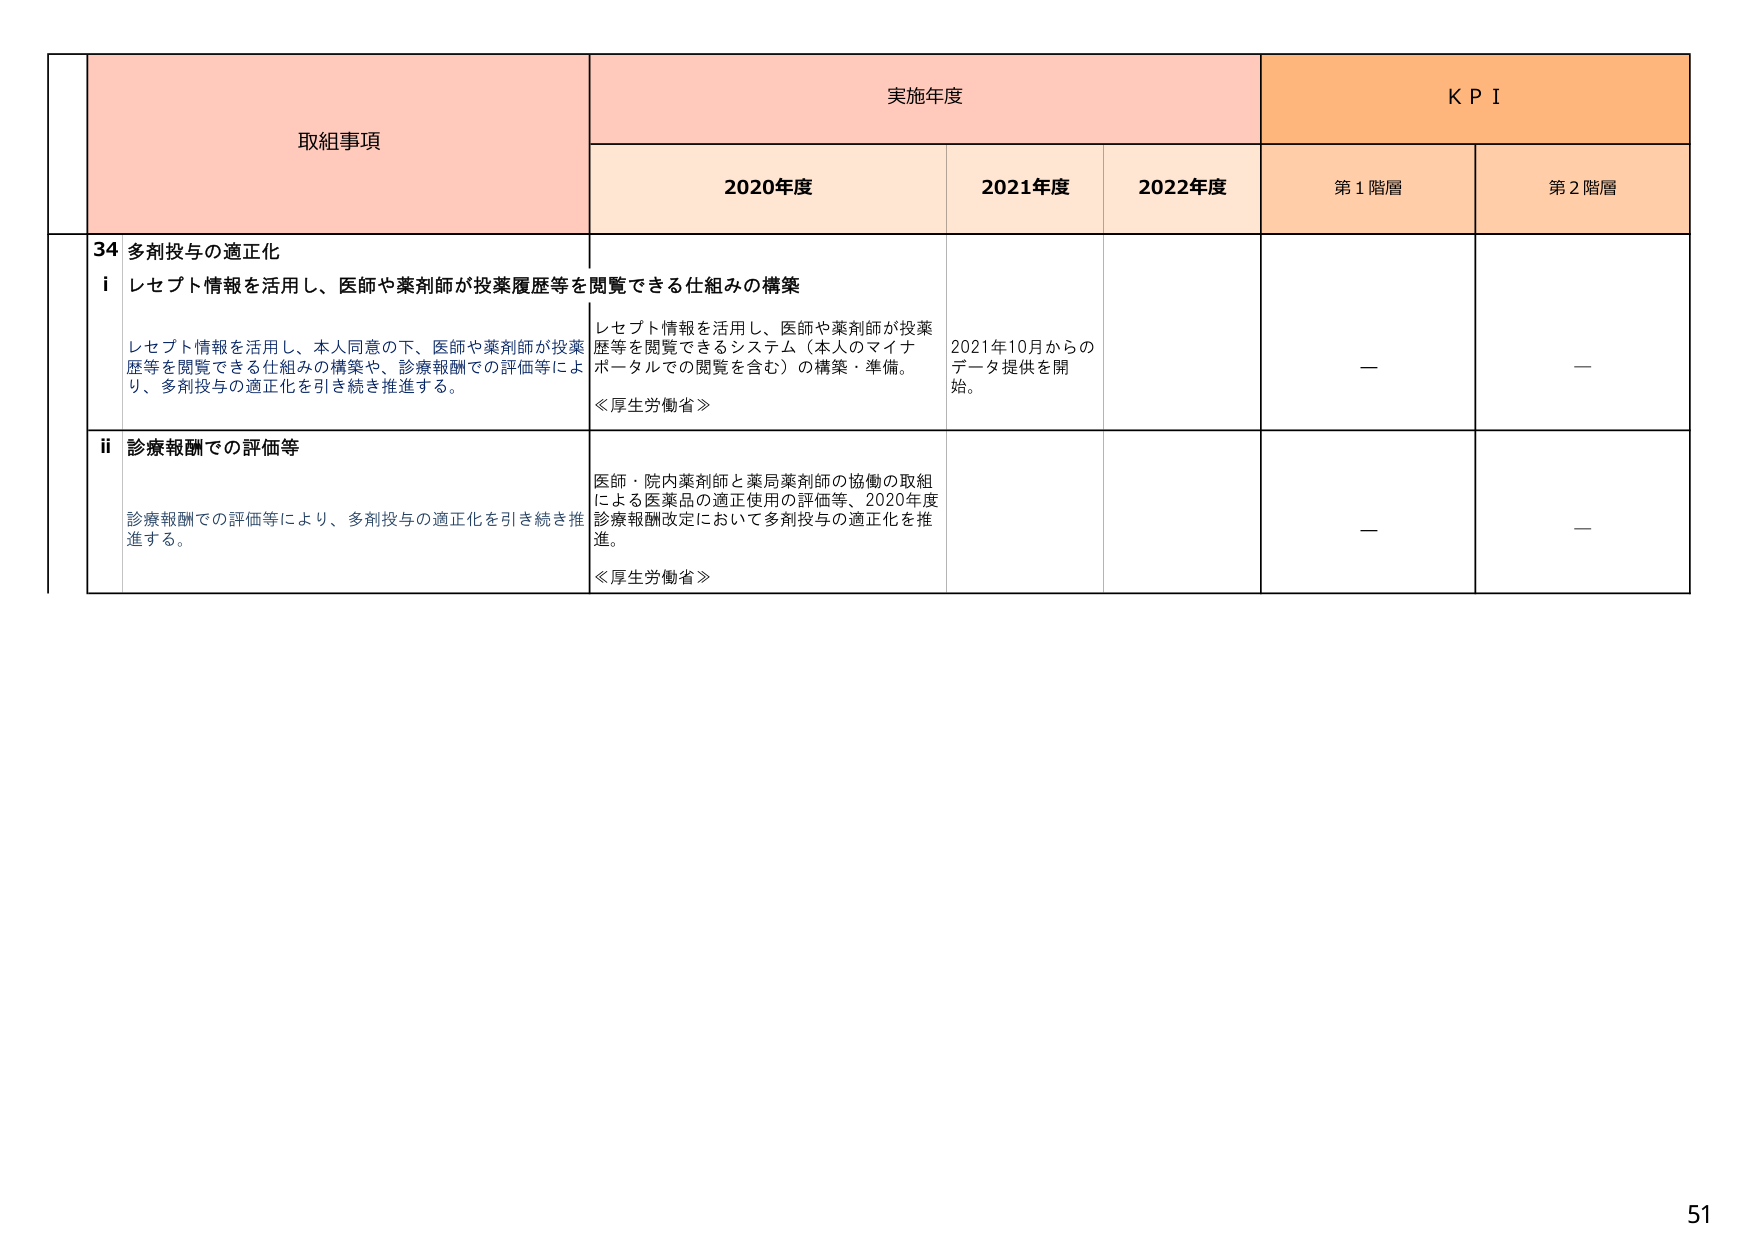
取組事項
実施年度
KPI

2020年度
2021年度
2022年度
第1階層
第2階層

34 多剤投与の適正化

i レセプト情報を活用し、医師や薬剤師が投薬履歴等を閲覧できる仕組みの構築

レセプト情報を活用し、本人同意の下、医師や薬剤師が投薬歴等を閲覧できる仕組みの構築や、診療報酬での評価等により、多剤投与の適正化を引き続き推進する。

レセプト情報を活用し、医師や薬剤師が投薬歴等を閲覧できるシステム（本人のマイナポータルでの閲覧を含む）の構築・準備。
≪厚生労働省≫

2021年10月からのデータ提供を開始。

—
—

ii 診療報酬での評価等

診療報酬での評価等により、多剤投与の適正化を引き続き推進する。

医師・院内薬剤師と薬局薬剤師の協働の取組による医薬品の適正使用の評価等、2020年度診療報酬改定において多剤投与の適正化を推進。
≪厚生労働省≫

—
—

51